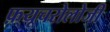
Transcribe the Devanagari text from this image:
फ़्यूचरोलोजी